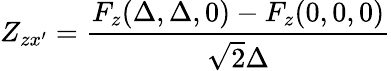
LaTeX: Z_{zx^{\prime}}=\frac{F_{z}(\Delta,\Delta,0)-F_{z}(0,0,0)}{\sqrt{2}\Delta}